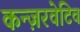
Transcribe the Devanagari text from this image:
कन्ज़रवेटिव